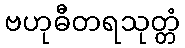
ဗဟုဓီတရသုတ္တံ